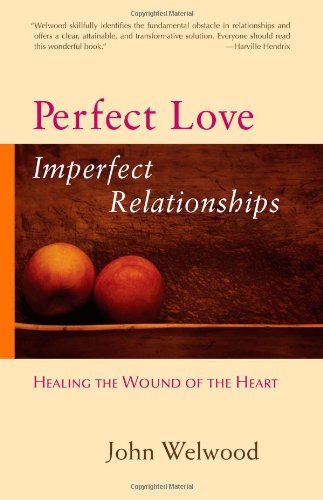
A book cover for Perfect Love, Imperfect Relationships: Healing the Wound of the Heart; John Welwood; Health, Fitness & Dieting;